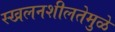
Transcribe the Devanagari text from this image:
स्खलनशीलतेमुळे